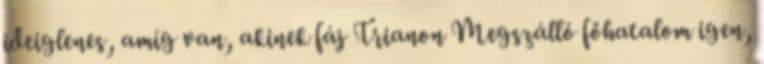
ideiglenes, amíg van, akinek fáj Trianon Megszálló főhatalom igen,